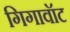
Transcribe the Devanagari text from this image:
गिगावॉट